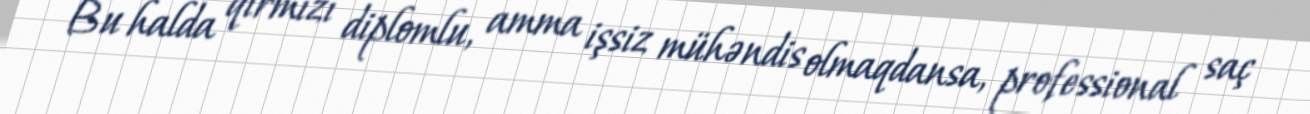
Bu halda qırmızı diplomlu, amma işsiz mühəndis olmaqdansa, professional saç